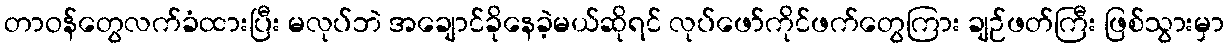
တာဝန်တွေလက်ခံထားပြီး မလုပ်ဘဲ အချောင်ခိုနေခဲ့မယ်ဆိုရင် လုပ်ဖော်ကိုင်ဖက်တွေကြား ချဉ်ဖတ်ကြီး ဖြစ်သွားမှာ